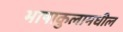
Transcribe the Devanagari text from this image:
भाषाकुलामधील